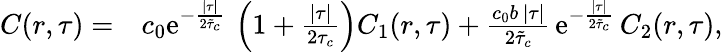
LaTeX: \begin{array}{rl}{C(r,\tau)=}&{c_{0}\mathrm{e}^{-\frac{\lvert\tau\rvert}{2\tilde{\tau}_{c}}}\, \left(1+\frac{\lvert\tau\rvert}{2\tau_{c}}\right)C_{1}(r,\tau)+\frac{c_{0}b\, \lvert\tau\rvert}{2\tilde{\tau}_{c}}\, \mathrm{e}^{-\frac{\lvert\tau\rvert}{2\tilde{\tau}_{c}}}\, C_{2}(r,\tau),}\end{array}